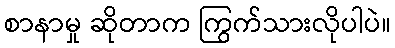
စာနာမှု ဆိုတာက ကြွက်သားလိုပါပဲ။